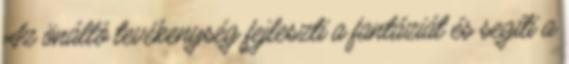
Az önálló tevékenység fejleszti a fantáziát és segíti a